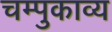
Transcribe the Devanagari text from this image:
चम्पुकाव्य